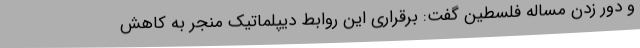
و دور زدن مساله فلسطین گفت: برقراری این روابط دیپلماتیک منجر به کاهش